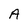
Character: A